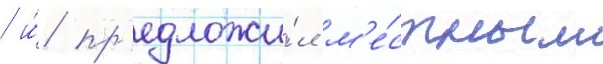
/ и́ пр'едложи́л м'е́стным